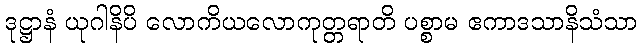
ဒုဋ္ဌာနံ ယုဂါနိပိ လောကိယလောကုတ္တရာတိ ပစ္စာမ ဧကာဒသာနိသံသာ